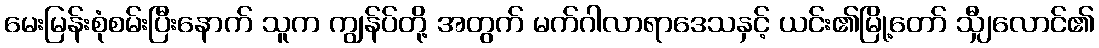
မေးမြန်းစုံစမ်းပြီးနောက် သူက ကျွန်ပ်တို့ အတွက် မက်ဂါလာရာဒေသနှင့် ယင်း၏မြို့တော် သျှီလောင်၏